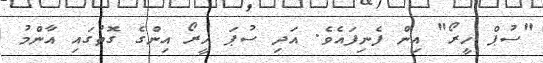
"ސުޕް ހީރޯ" އިން ފެނިފައެވެ. އަދި ސުޕަ ހީރޯ އިންގެ ގޮތުގައި އާންމު